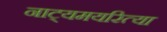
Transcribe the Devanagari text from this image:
नाट्यमयरित्या